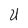
Character: U